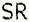
SR